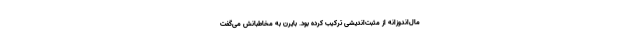
مال‌اندوزانه از مثبت‌اندیشی ترکیب کرده بود. بایرن به مخاطبانش می‌گفت